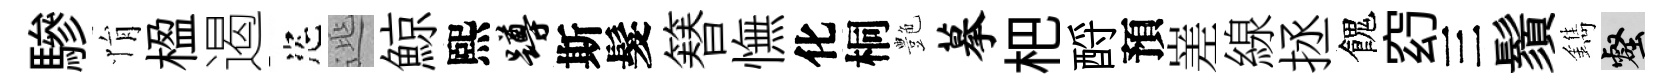
驂悁楹遏恣𨓱鯨熙蹲斯髮簮憮化桐艶摹杷酹預嵳線拯餽𥥆三鬚鐫壑